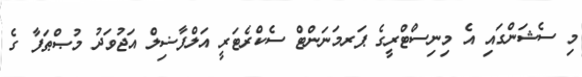
މި ސެޝަންގައި އެ މިނިސްޓްރީގެ ޕަރމަނަންޓް ސެކްރެޓަރީ އަލްފާޟިލް އަޖުވަދު މުޞްޠަފާ ގެ